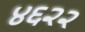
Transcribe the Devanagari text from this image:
४६२२